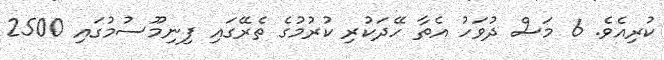
ކުރިއެވެ. 6 މަސް ދުވަހު އެތާ ހޭދަކުރި ކުރުމުގެ ތެރޭގައި ފިނިމޫސުމުގައި 2500